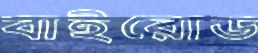
বাইরোড